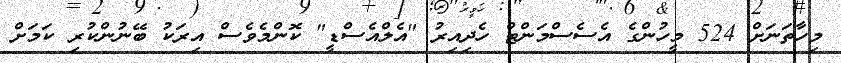
މިހާތަނަށް 524 މީހުންގެ އެސެސްމަންޓް ހެދިއިރު "އެލްއެސްޑީ" ކޮންމެވެސް އިރަކު ބޭނުންކުރި ކަމަށް